Vaccine operations Central Provinces & Berar 1912-1920 - 1912-1920
Year: 1912
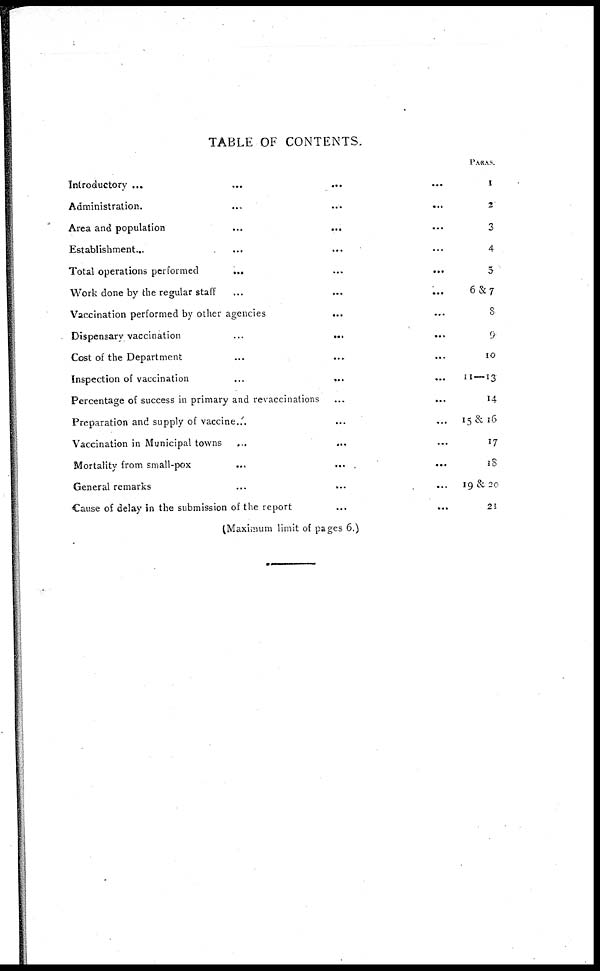
TABLE OF CONTENTS.
Introductory... ... ... ...
Administration.
...
...
...
Area and population ... ... ...
Establishment
...
...
...
Total operations performed
...
...
...
Work done by the regular staff
...
...
...
Vaccination performed by other agencies
...
...
Dispensary vaccination
...
...
...
Cost of the Department ... ... ...
Inspection of vaccination
...
...
...
Percentage of success in primary and revaccinations
...
...
Preparation and supply of vaccine ... ...
Vaccination in Municipal towns ... ... ...
Mortality from small-pox ... ... ...
General remarks ... ... ...
Cause of delay in the submission of the report ... ...
PARAS.
1
2
3
4
5
6&7
8
9
10
11—13
14
15 & 16
17
18
19 & 20
21
(Maximum limit of pages 6.)